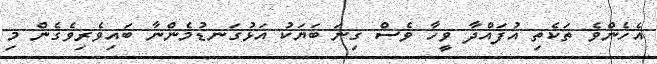
އެހެންވެ ތަކެތި އުފައްދާ ވީހާ ވެސް ގިނަ ބަޔަކު އަޅުގަނޑުމެންނާ ބައިވެރިވެގެން މި